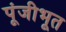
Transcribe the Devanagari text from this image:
पूंजीभूत